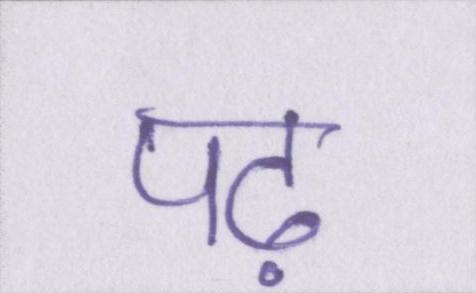
पढ़